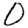
Digit: 0